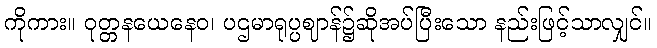
ကိုကား။ ဝုတ္တနယေနေဝ၊ ပဌမာရုပ္ပဈာန်၌ဆိုအပ်ပြီးသော နည်းဖြင့်သာလျှင်။